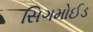
સિગમોઈડ